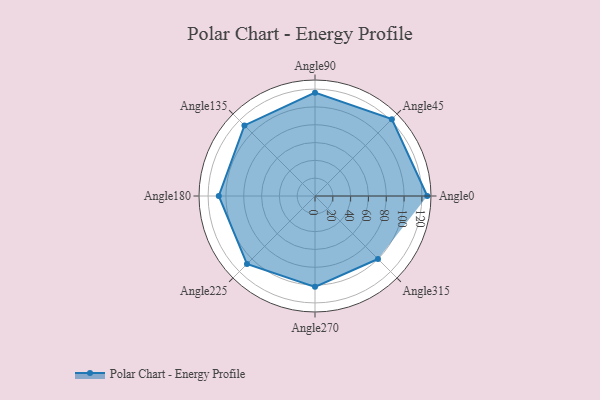
{"axis": {"x": "Angle", "y": "Radius"}, "legend": [""], "data": [{"x": "Angle0", "y": 126.0, "type": ""}, {"x": "Angle45", "y": 122.0, "type": ""}, {"x": "Angle90", "y": 116.0, "type": ""}, {"x": "Angle135", "y": 112.0, "type": ""}, {"x": "Angle180", "y": 108.0, "type": ""}, {"x": "Angle225", "y": 108.0, "type": ""}, {"x": "Angle270", "y": 102.0, "type": ""}, {"x": "Angle315", "y": 100.0, "type": ""}]}